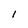
Character: 1